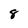
Character: 8